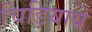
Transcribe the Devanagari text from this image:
चिड़ियायें